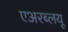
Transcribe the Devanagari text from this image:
एअरब्लयू